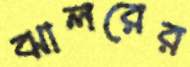
ঝালরের